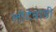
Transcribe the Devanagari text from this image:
लोटेवाडी